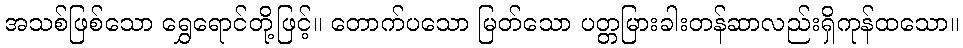
အသစ်ဖြစ်သော ရွှေရောင်တို့ဖြင့်။ တောက်ပသော မြတ်သော ပတ္တမြားခါးတန်ဆာလည်းရှိကုန်ထသော။